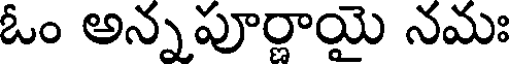
ఓం అన్నపూర్ణాయై నమః